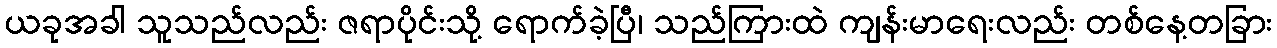
ယခုအခါ သူသည်လည်း ဇရာပိုင်းသို့ ရောက်ခဲ့ပြီ၊ သည်ကြားထဲ ကျန်းမာရေးလည်း တစ်နေ့တခြား